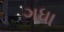
ગધા